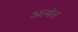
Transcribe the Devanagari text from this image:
अत्येत